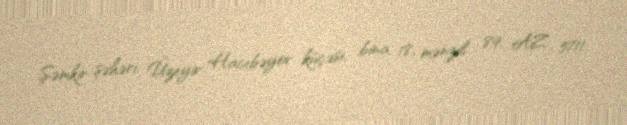
Şəmkir şəhəri, Üzeyir Hacıbəyov küçəsi, bina 18, mənzil 89, AZ 5711